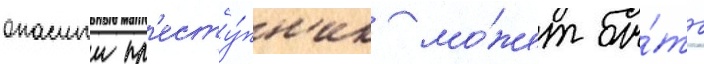
опасныи пр'есту́пн'ик мо́жет бы́ть